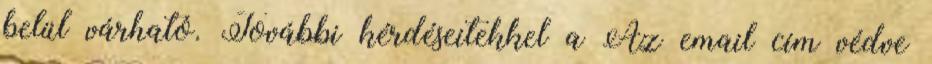
belül várható. További kérdéseitekkel a Az email cím védve